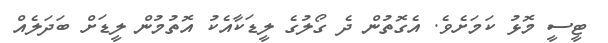
ޓީސީ މޮޅު ކަމަށެވެ. އެގޮތުން ދެ ގޯލުގެ ލީޑަކާއެކު އޮތުމުން ލީޑަށް ބަދަލެއް